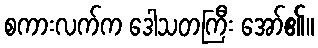
စကားလက်က ဒေါသတကြီး အော်၏။